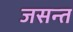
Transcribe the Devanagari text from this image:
जसन्त